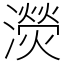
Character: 濙